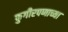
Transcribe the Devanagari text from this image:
फुगीरपणाच्या